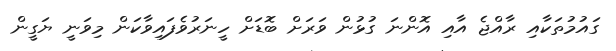
ގައުމުތަކާއި ރާއްޖެ އާއި އޮންނަ ގުޅުން ވަރަށް ބޮޑަށް ހީނަރުވެފައިވާކަން މިވަނީ ޔަގީން